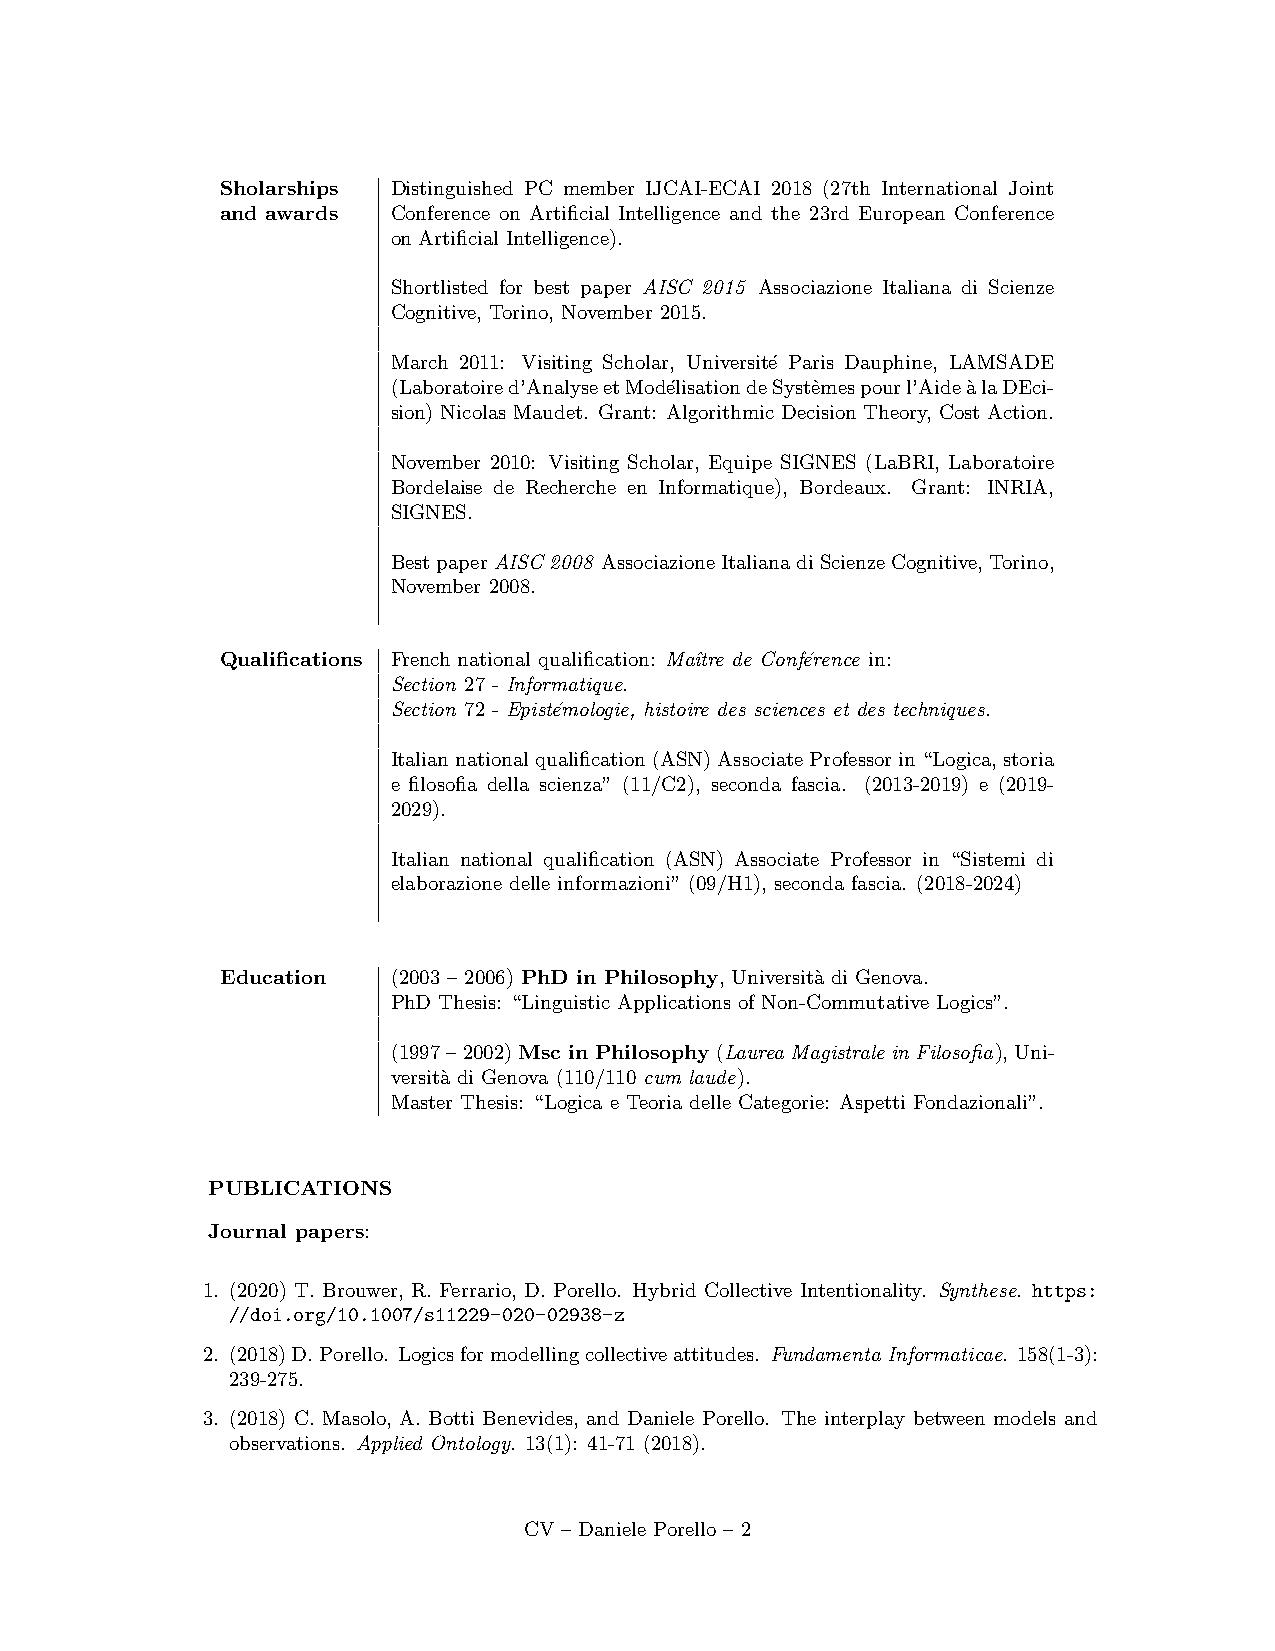
Sholarships Distinguished PC member IJCAI-ECAI 2018 (27th International Joint
 and awards Conference on Artificial Intelligence and the 23rd European Conference
 on Artificial Intelligence).
 Shortlisted for best paper AISC 2015 Associazione Italiana di Scienze
 Cognitive, Torino, November 2015.
 March 2011: Visiting Scholar, Universit´e Paris Dauphine, LAMSADE
 (Laboratoired’AnalyseetMod´elisationdeSyst`emespourl’Aide`alaDEci-
 sion) Nicolas Maudet. Grant: Algorithmic Decision Theory, Cost Action.
 November 2010: Visiting Scholar, Equipe SIGNES (LaBRI, Laboratoire
 Bordelaise de Recherche en Informatique), Bordeaux. Grant: INRIA,
 SIGNES.
 BestpaperAISC 2008 AssociazioneItalianadiScienzeCognitive,Torino,
 November 2008.
 Qualifications French national qualification: Maˆıtre de Conf´erence in:
 Section 27 - Informatique.
 Section 72 - Epist´emologie, histoire des sciences et des techniques.
 Italiannationalqualification(ASN)AssociateProfessorin“Logica,storia
 e filosofia della scienza” (11/C2), seconda fascia. (2013-2019) e (2019-
 2029).
 Italian national qualification (ASN) Associate Professor in “Sistemi di
 elaborazione delle informazioni” (09/H1), seconda fascia. (2018-2024)
 Education  (2003 – 2006) PhD in Philosophy, Universit`a di Genova.
 PhD Thesis: “Linguistic Applications of Non-Commutative Logics”.
 (1997–2002)Msc in Philosophy (Laurea Magistrale in Filosofia),Uni-
 versit`a di Genova (110/110 cum laude).
 Master Thesis: “Logica e Teoria delle Categorie: Aspetti Fondazionali”.
 PUBLICATIONS
 Journal papers:
 1. (2020) T. Brouwer, R. Ferrario, D. Porello. Hybrid Collective Intentionality. Synthese. https:
 //doi.org/10.1007/s11229-020-02938-z
 2. (2018)D.Porello. Logicsformodellingcollectiveattitudes. Fundamenta Informaticae. 158(1-3):
 239-275.
 3. (2018) C. Masolo, A. Botti Benevides, and Daniele Porello. The interplay between models and
 observations. Applied Ontology. 13(1): 41-71 (2018).
 CV – Daniele Porello – 2